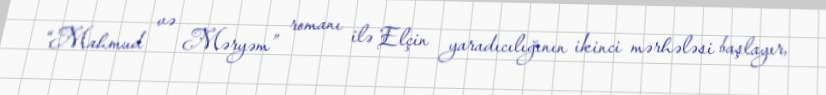
“Mahmud və Məryəm” romanı ilə Elçin yaradıcılığının ikinci mərhələsi başlayır,